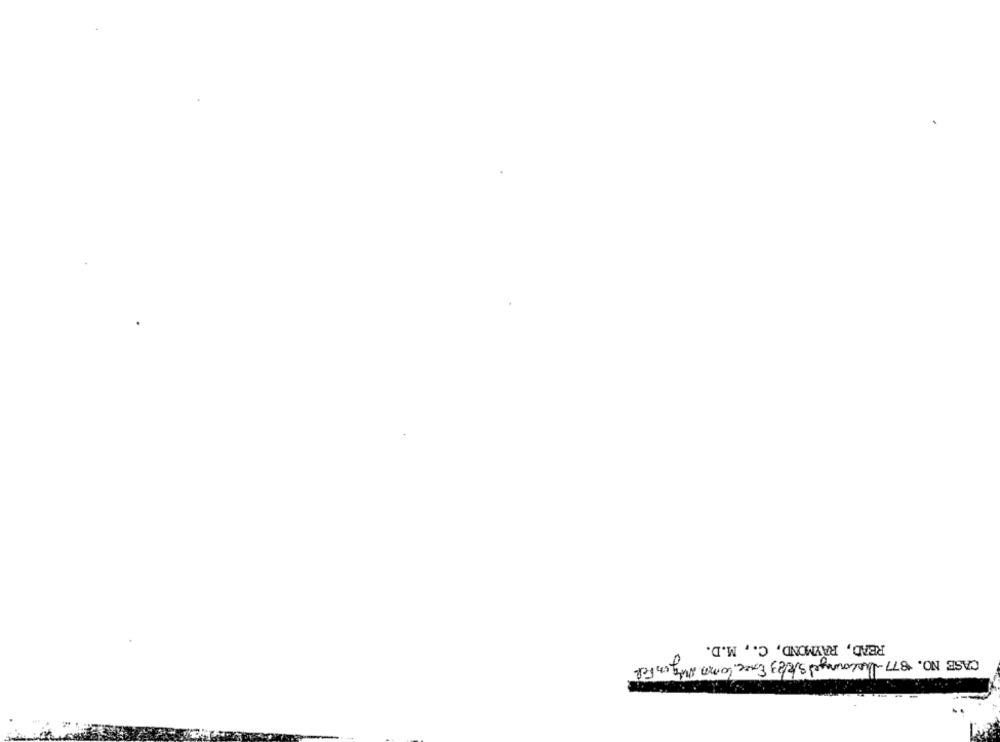
READ, RAYMOND, C ., M.D.
CASE NO. 877-Quecouraged ske/23 Exce Como Mig in Fel